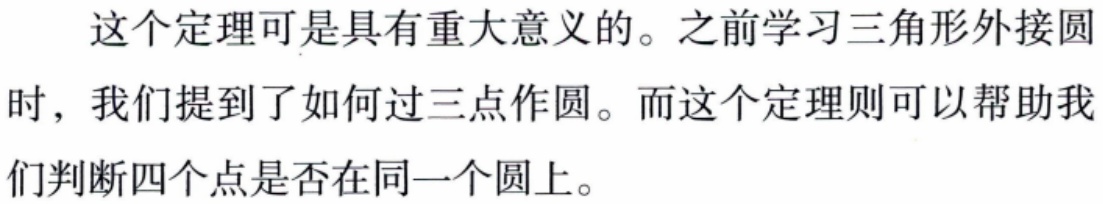
这个定理可是具有重大意义的。之前学习三角形外接圆时，我们提到了如何过三点作圆。而这个定理则可以帮助我们判断四个点是否在同一个圆上。